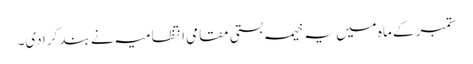
ستمبر کے ماہ میں یہ خیمہ بستی مقامی انتظامیہ نے بند کرا دی۔